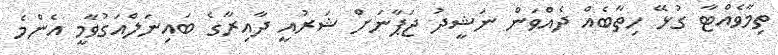
ތިމާވެއްޓާ ގުޅޭ ހިތާބެއް ދެއްވަން ނަޝީދު ޖަޕާނަށް ޝަރުއީ ދާއިރާގެ ބައިނަލްއަގުވާމީ އެންމެ